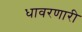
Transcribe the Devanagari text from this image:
धावरणारी